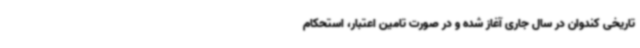
تاریخی کندوان در سال جاری آغاز شده و در صورت تامین اعتبار، استحکام